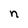
Character: n